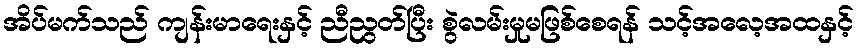
အိပ်မက်သည် ကျန်းမာရေးနှင့် ညီညွတ်ပြီး စွဲလမ်းမှုမဖြစ်စေရန် သင့်အလေ့အထနှင့်